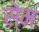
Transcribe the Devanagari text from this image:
से्म